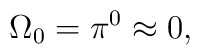
\Omega_0=\pi^{0} \approx 0,